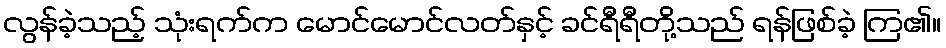
လွန်ခဲ့သည့် သုံးရက်က မောင်မောင်လတ်နှင့် ခင်ရီရီတို့သည် ရန်ဖြစ်ခဲ့ ကြ၏။